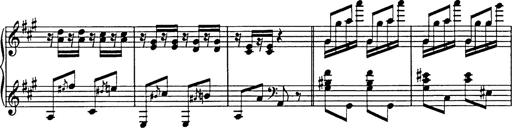
Title: Galop in A minor
Composer: Franz Liszt
Key: A minor